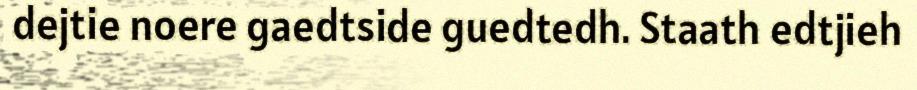
dejtie noere gaedtside guedtedh. Staath edtjieh